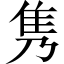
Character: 隽